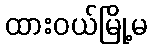
ထားဝယ်မြို့မ